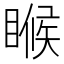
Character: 𬑟